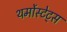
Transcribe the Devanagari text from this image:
थर्मोस्टेट्स